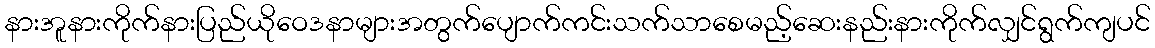
နားအူနားကိုက်နားပြည်ယိုဝေဒနာများအတွက်ပျောက်ကင်းသက်သာစေမည့်ဆေးနည်းနားကိုက်လျှင်ရွက်ကျပင်